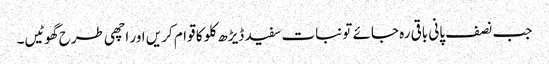
جب نصف پانی باقی رہ جائے تو نبات سفید ڈیڑھ کلو کا قوام کریں اور اچھی طرح گھوٹیں۔